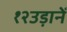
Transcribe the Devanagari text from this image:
१२उड़ानें